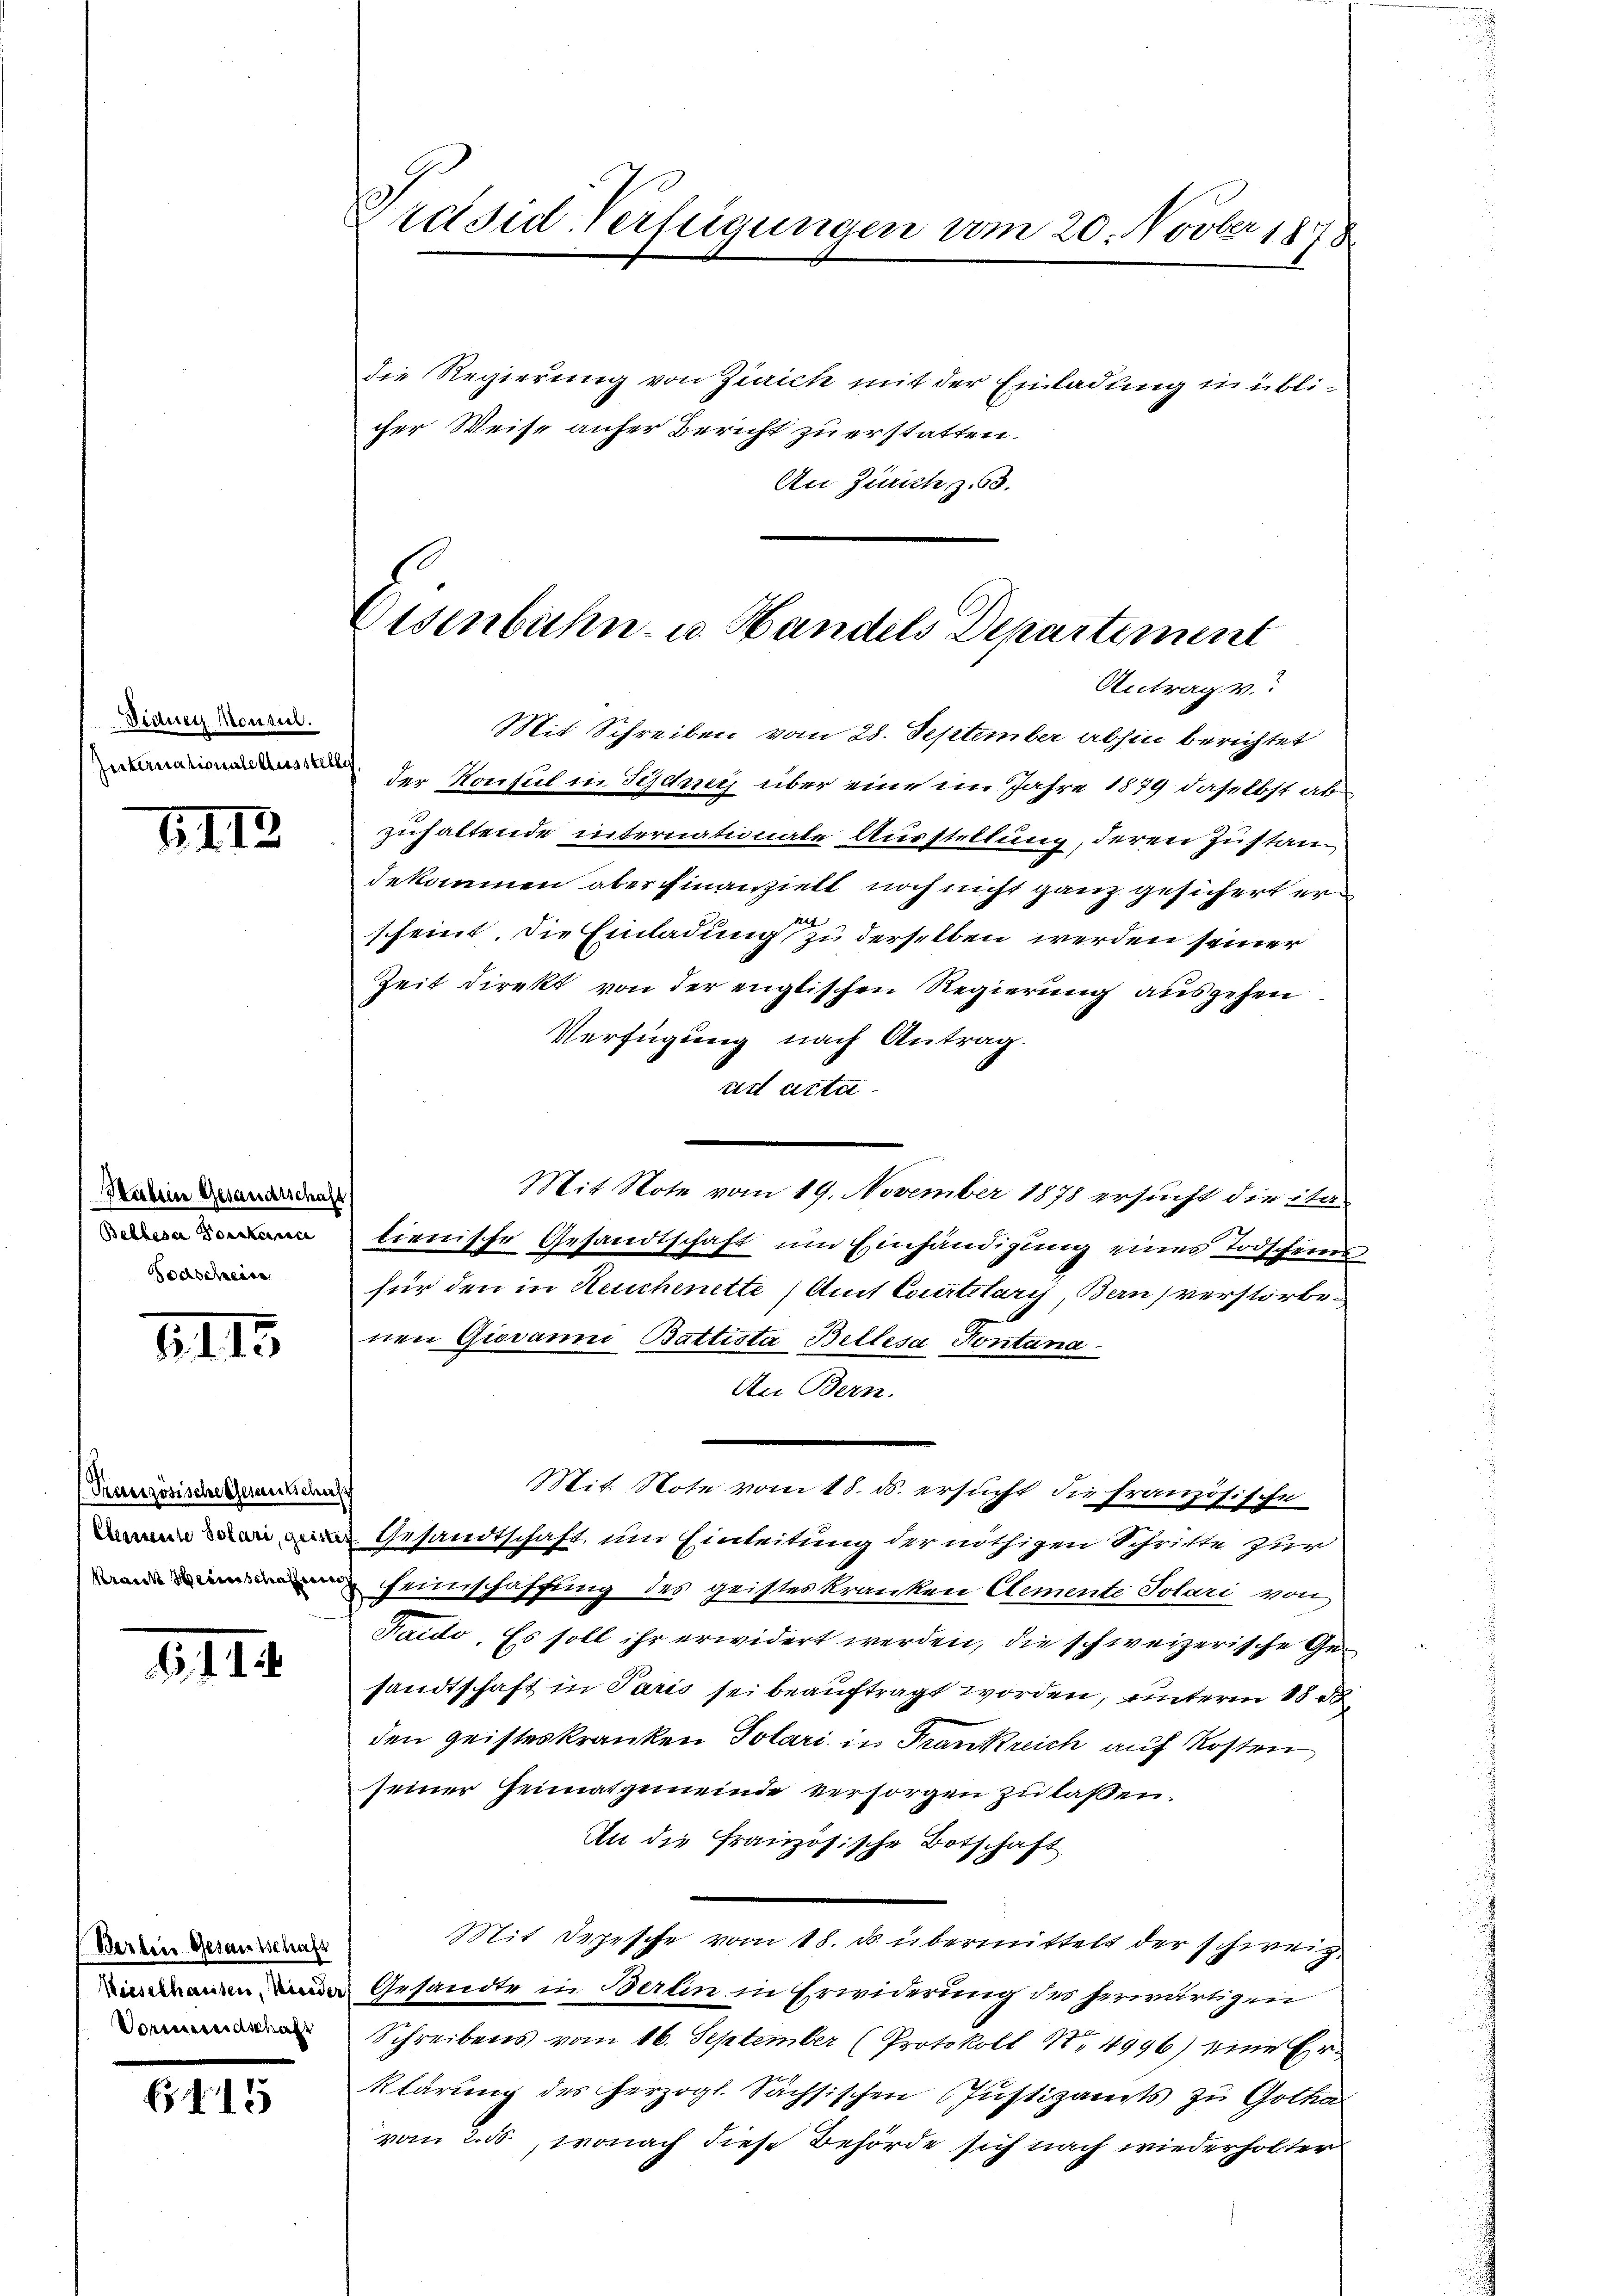
Didney Monsil.

1113

Hulein Gesandtschaft
Bellesa Portane
Todscheine

III.

Praeszösische Gesentschus

1111.

Berten Gesandtschaft
Vormundschaft

5

Preised-Verfügungen vom 20. Novber 1878

Eisenbahn- u. Handels Departement
Antrag v.
Mit Schreiben vom 28. September abhin berichtet

Die Regierung von Zürich mit der Einladung in üblicher Weise anfer Bericht zu erstatten.
An Zürich z. 63.

der Konsul in Sydney über eine im Jahre 1879 daselbst abzuhaltende internationale Ausstellung, deren Zustandekommen aber finanzielt noch nicht ganz gesichert er
scheint, die Einladung zu derselben werden seiner
Zeit direkt von der englischen Regierung ausgehen
Verfügung nach Antrag.
ad acta.
Mit Note vom 19. November 1878 ersucht die ita
tienische Gesandtschaft um Einhändigung eines Todscheins
für den in Heuchenette (Amt Courtelaris, Bern verstorbenen Giovanni Battista Bellesa Pontana
An Bern.
Mit Note vom 18. ds. ersucht die Französische
Gesandtschaft um Einleitung der nöthigen Schritte zur
 Heinschaffung des geisteskranken Clemente Solari von
Faido. Es soll ihr erwidert werden, die schweizerische Gesandtschaft in Paris sei beauftragt worden, unterm 18 d
den geisteskranken Polari in Frankreich auf Kosten
seiner Heimatgemeinde versorgen zu laßen.
An die Französische Botschaft
Mit Depesche vom 18. ds. übermittelt der schweiz
 Gesandte in Berlin in Erwiderung des herwärtigen
Schreibens vom 16. September (Protokoll No 4996) eine Erklärung des Herzogl. Sächsischen Justizamts zu Gotha
vom 2. ds., wonach diese Behörde sich nach wiederholter